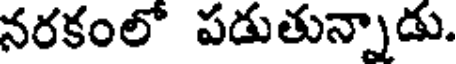
నరకంలో పడుతున్నాడు.